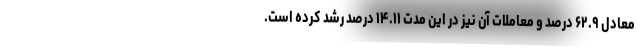
معادل ۶۲.۹ درصد و معاملات آن نیز در این مدت ۱۴.۱۱ درصد رشد کرده است.